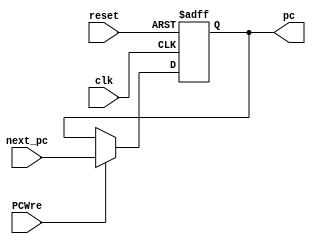
`timescale 1ns / 1ps
module PC(
    input clk,                      // clock
    input reset,                    // reset pc to 0
    input PCWre,                    // pc change select
    input [31:0] next_pc,           // next pc
    output reg[31:0] pc             // this pc
    );
    initial begin
        pc <= 32'h0000_0000;
    end
    always @(negedge clk or posedge reset) begin
        if(reset)
            pc <= 32'h0000_0000;
        else
            if(PCWre) pc <= next_pc;
    end
endmodule